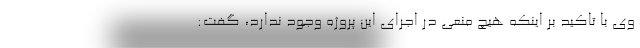
وی با تاکید بر اینکه هیچ منعی در اجرای این پروژه وجود ندارد، گفت: